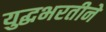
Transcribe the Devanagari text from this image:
युद्धभरतीने